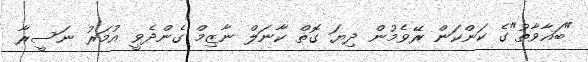
"ބަޣާވާތު"ގެ ކަންކަން ރޭވެމުން ދިޔަ ގޮތް ކާނަލް ނާޒިމް ގެންދެވީ އުމަރު ނަސީރާ